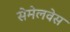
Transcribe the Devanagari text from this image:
सेमेलवेस